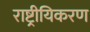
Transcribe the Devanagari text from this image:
राष्ट्रीयिकरण